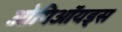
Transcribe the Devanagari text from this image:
ओपिऑयड्स